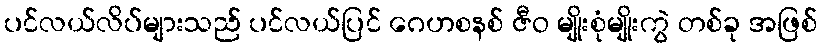
ပင်လယ်လိပ်များသည် ပင်လယ်ပြင် ဂေဟစနစ် ဇီဝ မျိုးစုံမျိုးကွဲ တစ်ခု အဖြစ်